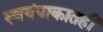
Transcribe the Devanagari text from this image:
स्वयंपाकातही